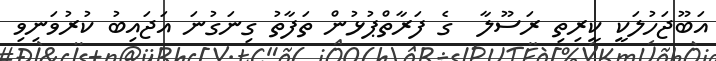
އަބޫޖަހުލަކީ ކީރިތި ރަސޫލާ  ގެ ފަރާތްޕުޅުން ތަފާތު ގިނަގުނަ އަޖައިބު ކުރުވަނިވި